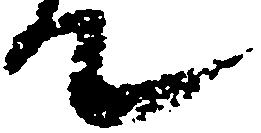
て